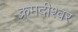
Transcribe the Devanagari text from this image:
क्रमदीश्वर